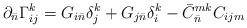
LaTeX: \begin{align*}\partial_{\bar n} \Gamma_{i j}^{k} = G_{i {\bar n}} \delta_{j}^{k}+ G_{j {\bar n}} \delta_{i}^{k} -{\bar C}_{\bar n}^{m k} C_{i j m} \\\end{align*}